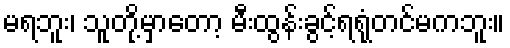
မရဘူး၊ သူတို့မှာတော့ မီးထွန်းခွင့်ရရုံတင်မကဘူး။